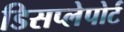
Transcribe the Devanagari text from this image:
डिसप्लेपोर्ट